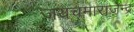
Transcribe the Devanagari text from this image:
जयचमाराजेन्द्र